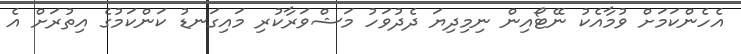
އެހެންކަމަށް ވުމާއެކު ނޭޓޯއިން ނިމިދިޔަ ދެދުވަހު މަޝްވަރާކުރި މައިގަނޑު ކަންކަމުގެ އިތުރަށް އެ